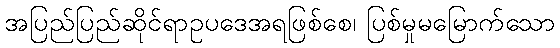
အပြည်ပြည်ဆိုင်ရာဥပဒေအရဖြစ်စေ၊ ပြစ်မှုမမြောက်သော